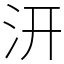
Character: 汧